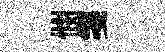
憫箋